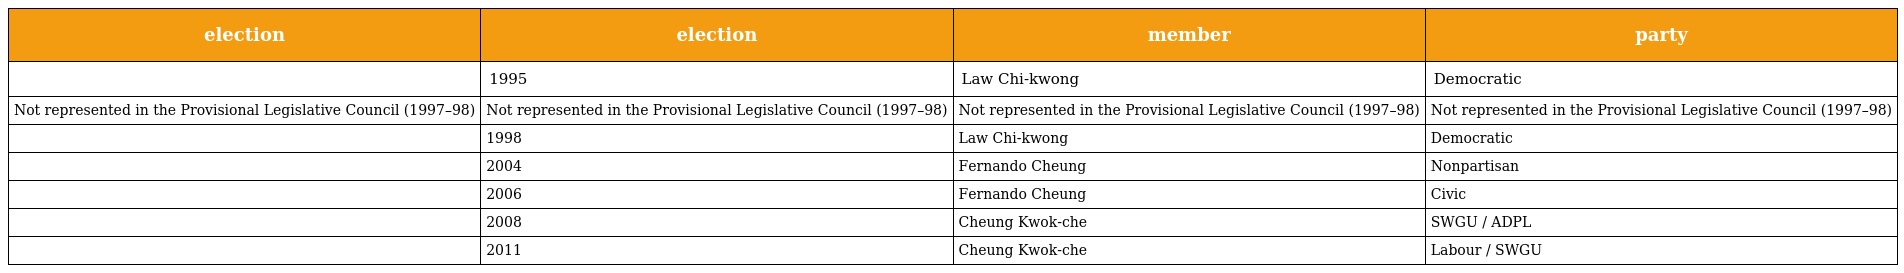
| election | election | member | party |
 | --- | --- | --- | --- |
 |  | 1995 | Law Chi-kwong | Democratic |
 | Not represented in the Provisional Legislative Council (1997–98) | Not represented in the Provisional Legislative Council (1997–98) | Not represented in the Provisional Legislative Council (1997–98) | Not represented in the Provisional Legislative Council (1997–98) |
 |  | 1998 | Law Chi-kwong | Democratic |
 |  | 2004 | Fernando Cheung | Nonpartisan |
 |  | 2006 | Fernando Cheung | Civic |
 |  | 2008 | Cheung Kwok-che | SWGU / ADPL |
 |  | 2011 | Cheung Kwok-che | Labour / SWGU |